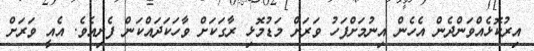
އިރުކޮޅެއްވަންދެން އެހެން އިނުމަށްފަހު ވަރަށް މަޑުމޮޅި ރާގަކަށް ވާހަކަދައްކަން ފެށިއެވެ. އެއީ ވަރަށް